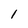
Character: l